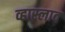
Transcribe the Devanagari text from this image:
व्हास्लाव